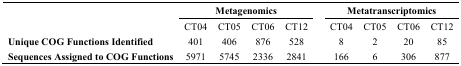
|  | <COLSPAN=4> Metagenomics | <COLSPAN=4> Metatranscriptomics |
 | --- | --- | --- | --- | --- | --- | --- | --- | --- |
 |  | CT04 | CT05 | CT06 | CT12 | CT04 | CT05 | CT06 | CT12 |
 | Unique COG Functions Identified | 401 | 406 | 876 | 528 | 8 | 2 | 20 | 85 |
 | Sequences Assigned to COG Functions | 5971 | 5745 | 2336 | 2841 | 166 | 6 | 306 | 877 |